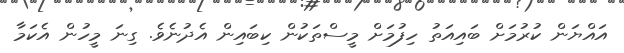
އައްޔަން ކުރުމަށް ބައިއަތު ހިފުމަށް މީސްތަކުން ކިބައިން އެދުނެވެ. ގިނަ މީހުން އެކަމާ